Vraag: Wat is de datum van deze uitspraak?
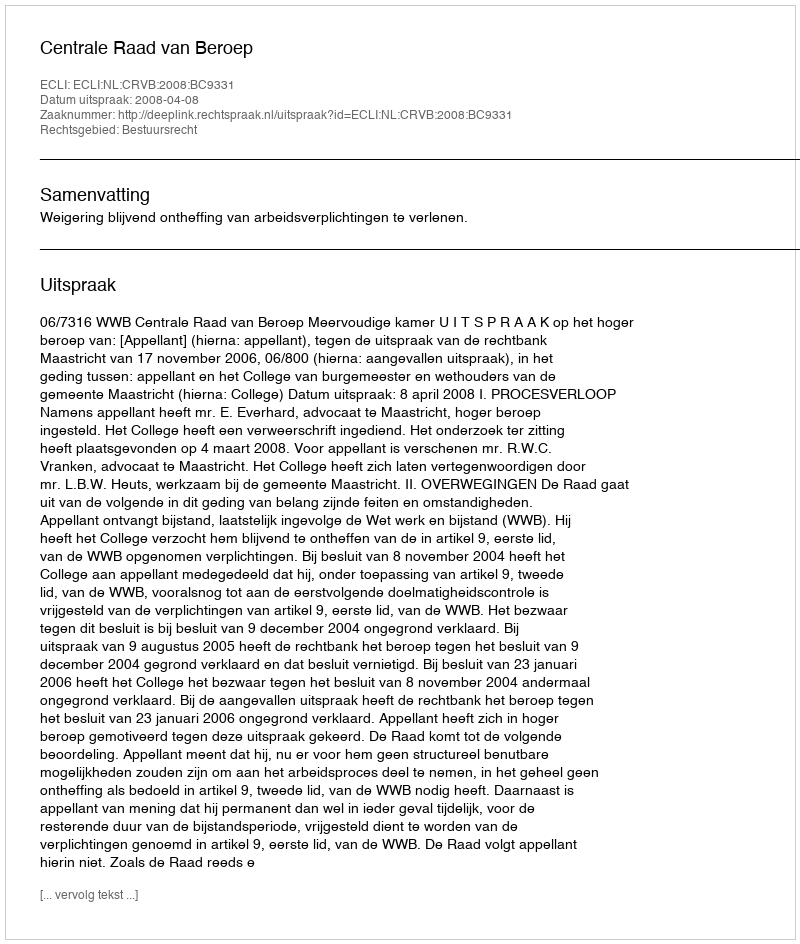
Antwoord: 2008-04-08